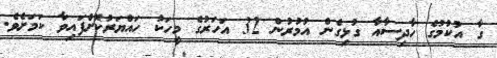
ގާ އުކުމުގެ ހާދިސާއާ ގުޅިގެން އުމުރުން 32 އަހަރުގެ މީހަކު ހައްޔަރުކޮށްފައިވާ ކަމަށެވެ.